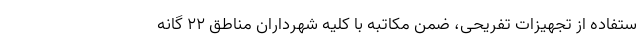
ستفاده از تجهیزات تفریحی، ضمن مکاتبه با کلیه شهرداران مناطق ۲۲ گانه